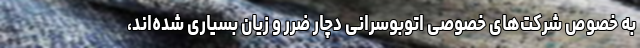
به خصوص شرکت‌های خصوصی اتوبوسرانی دچار ضرر و زیان بسیاری شده‌اند،